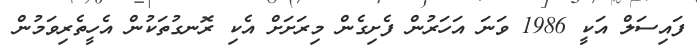
ފައިސަލް އަކީ 1986 ވަނަ އަހަރުން ފެށިގެން މިރަށަށް އެކި ރޮނގުތަކުން އެހީތެރިވަމުން